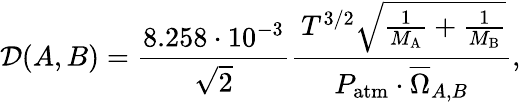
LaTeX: \mathcal{D}(A,B)=\frac{8.258\cdot 10^{-3}}{\sqrt{2}}\frac{\, T^{3/2}\sqrt{\frac{1}{M_{\mathrm{A}}}+\frac{1}{M_{\mathrm{B}}}}}{P_{\mathrm{atm}}\cdot\overline{{\Omega}}_{A,B}},